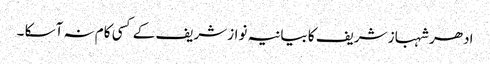
ادھر شہباز شریف کا بیانیہ نوازشریف کے کسی کام نہ آسکا ۔